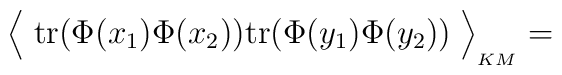
\Big\langle\; {\rm tr}\big( \Phi(x_1)\Phi(x_2)\big){\rm tr}\big(\Phi(y_1)\Phi(y_2)\big)\;\Big\rangle_{\hbox{}_{KM}}=